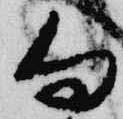
向